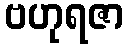
ဗဟုရဇာ